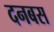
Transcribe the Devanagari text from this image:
दनबस